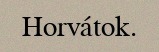
Horvátok.